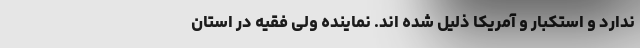
ندارد و استکبار و آمریکا ذلیل شده اند. نماینده ولی فقیه در استان